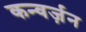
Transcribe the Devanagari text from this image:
कन्वर्ज़न